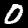
Label: 0